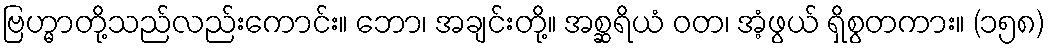
ဗြဟ္မာတို့သည်လည်းကောင်း။ ဘော၊ အချင်းတို့။ အစ္ဆရိယံ ဝတ၊ အံ့ဖွယ် ရှိစွတကား။ (၁၅၈)